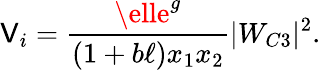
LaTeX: \mathsf{V}_{i}=\frac{{\elle^{g}}}{{(1+b\ell)x_{1}x_{2}}}|W_{C3}|^{2}.